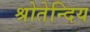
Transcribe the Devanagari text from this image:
श्रोतेन्दिय